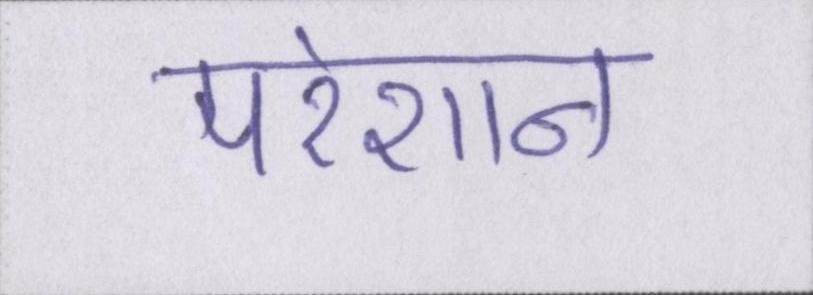
परेशान